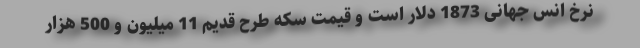
نرخ انس جهانی 1873 دلار است و قیمت سکه طرح قدیم 11 میلیون و 500 هزار